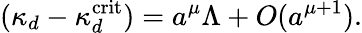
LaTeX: (\kappa_{d}-\kappa_{d}^{\mathrm{crit}})=a^{\mu}\Lambda+O(a^{\mu+1}).